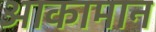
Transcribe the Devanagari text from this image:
आकामान